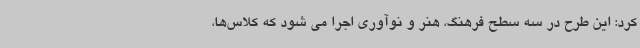
کرد: این طرح در سه سطح فرهنگ، هنر و نوآوری اجرا می شود که کلاس‌ها،